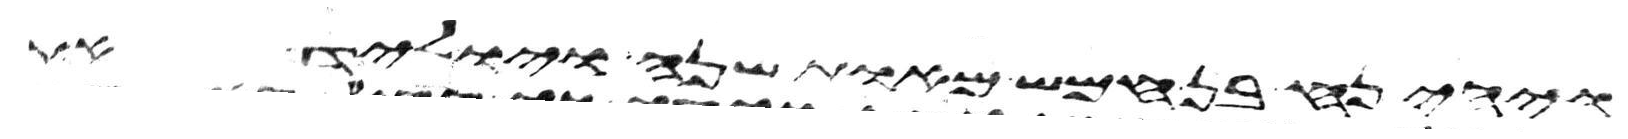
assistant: ויהי נח בן חמש מאות שנה ויוליד את